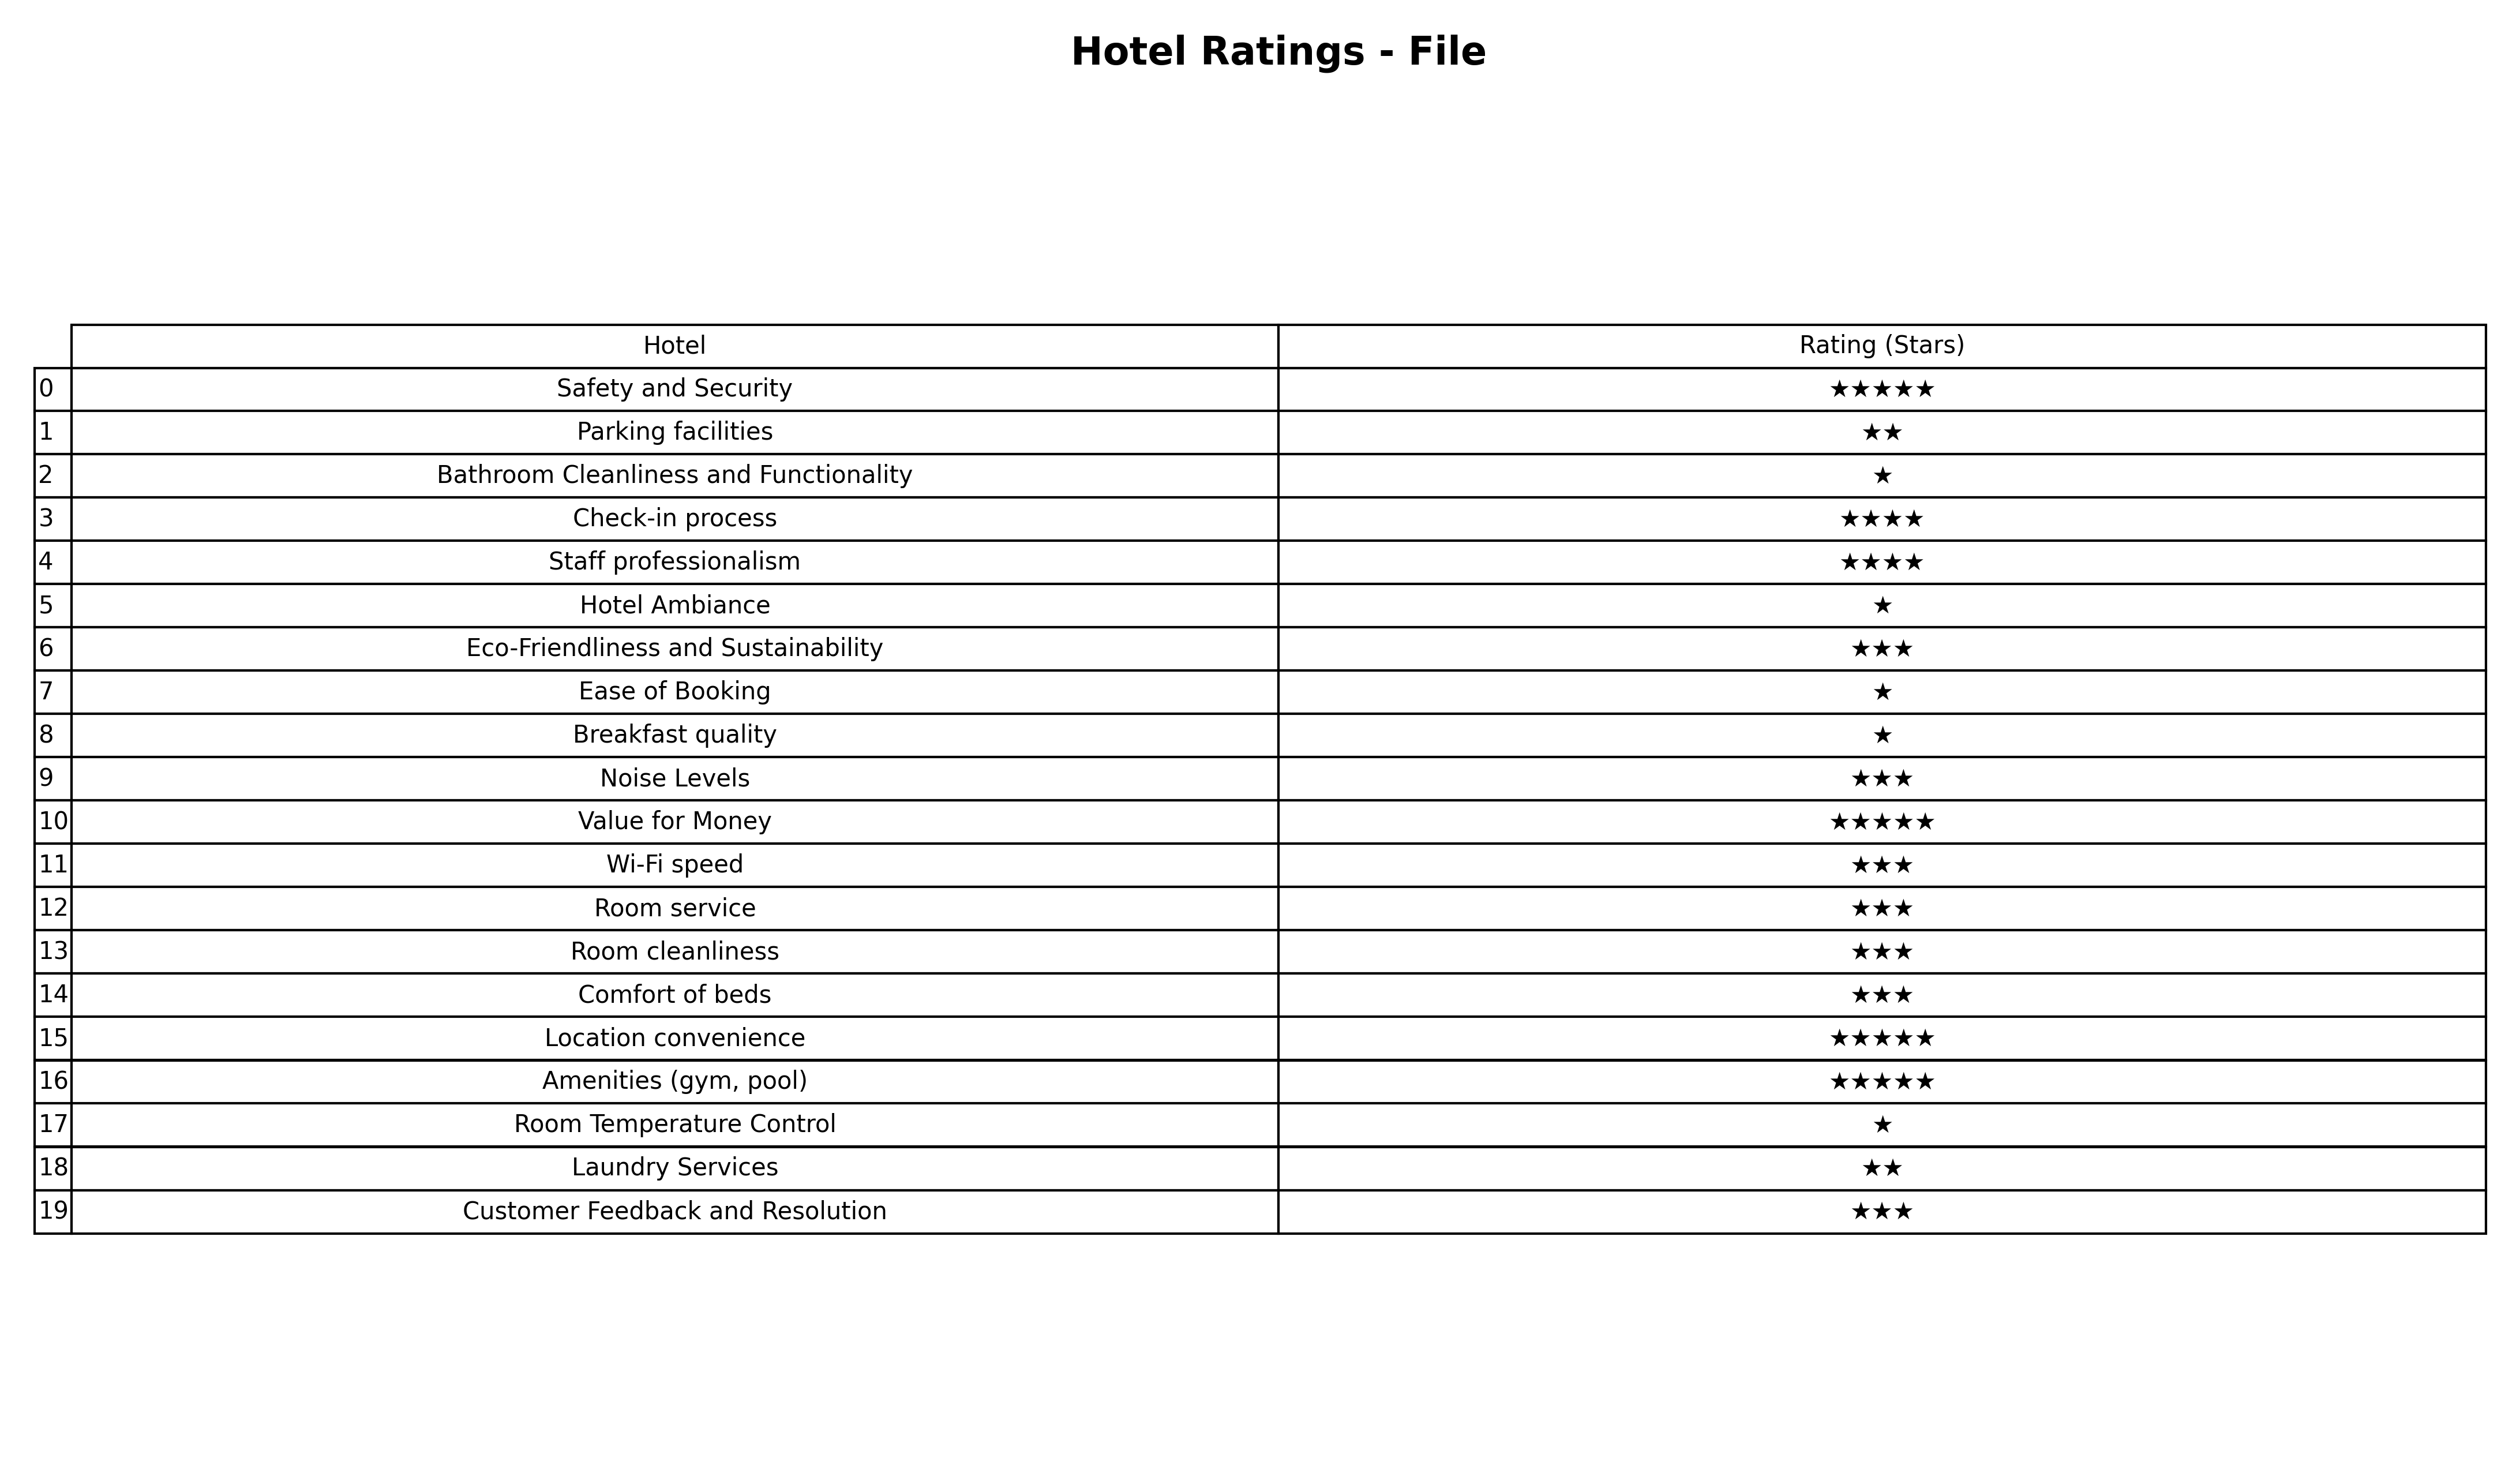
question: What are one star services?
answer: Bathroom Cleanliness and FunctionalityHotel AmbianceEase of BookingBreakfast qualityRoom Temperature Control